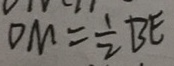
D M = \frac { 1 } { 2 } B E